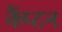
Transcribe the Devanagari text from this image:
कैंप्टन